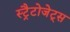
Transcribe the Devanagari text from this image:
स्ट्रैटोजेट्स